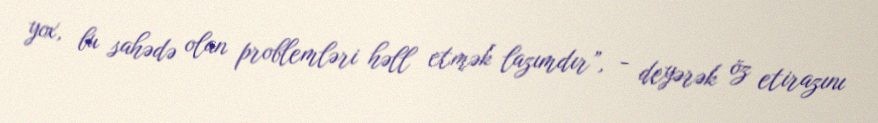
yox, bu sahədə olan problemləri həll etmək lazımdır”, - deyərək öz etirazını